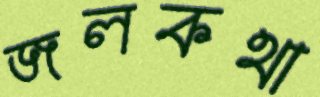
জলকথা